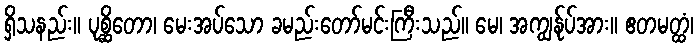
ရှိသနည်း။ ပုစ္ဆိတော၊ မေးအပ်သော ခမည်းတော်မင်းကြီးသည်။ မေ၊ အကျွန်ုပ်အား။ ဧတမတ္ထံ၊